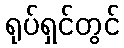
ရုပ်ရှင်တွင်